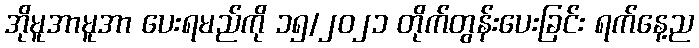
အိုမူအာမူအာ ပေးရမည်ကို ၁၅/၂၀၂၁ တိုက်တွန်းပေးခြင်း ရက်နေ့ည